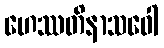
ဟေဿတိနာသဝေါ